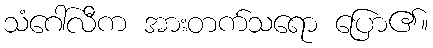
သံဂေါ်လီက အားတက်သရော ပြော၏။